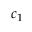
c _ { 1 }